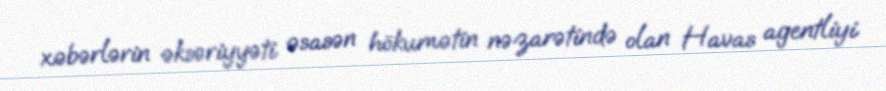
xəbərlərin əksəriyyəti əsasən hökumətin nəzarətində olan Havas agentliyi